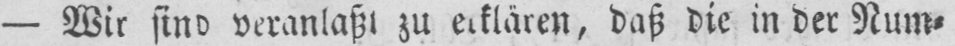
- Wir sind veranlaßt zu erklären, daß die in der Num⸗